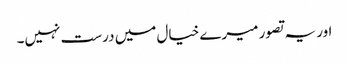
اور یہ تصور میرے خیال میں درست نہیں۔